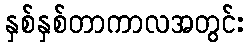
နှစ်နှစ်တာကာလအတွင်း